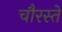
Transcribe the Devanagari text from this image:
चौरस्ते